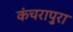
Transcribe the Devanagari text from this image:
कंचरापुरा